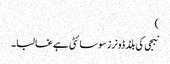
)
نبجی کی بلڈ ڈونرز سوسائٹی ہے غالبا۔